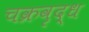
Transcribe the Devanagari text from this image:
चक्रवृद्ध